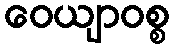
ဝေယျာဝစ္စ